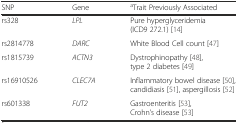
<table><thead><tr><td><b>SNP</b></td><td><b>Gene</b></td><td><b><sup>a</sup>Trait Previously Associated</b></td></tr></thead><tbody><tr><td>rs328</td><td><i>LPL</i></td><td>Pure hyperglyceridemia (ICD9 272.1) [14]</td></tr><tr><td>rs2814778</td><td><i>DARC</i></td><td>White Blood Cell count [47]</td></tr><tr><td>rs1815739</td><td><i>ACTN3</i></td><td>Dystrophinopathy [48], type 2 diabetes [49]</td></tr><tr><td>rs16910526</td><td><i>CLEC7A</i></td><td>Inflammatory bowel disease [50], candidiasis [51], aspergillosis [52]</td></tr><tr><td>rs601338</td><td><i>FUT2</i></td><td>Gastroenteritis [53], Crohn’s disease [53]</td></tr></tbody></table>